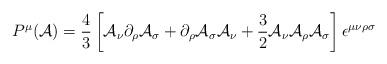
LaTeX: \begin{align*}P^{\mu}({\cal A})=\frac{4}{3}\left[{\cal A}_\nu\partial_\rho{\cal A}_\sigma+\partial_\rho{\cal A}_\sigma{\cal A}_\nu+\frac{3}{2}{\cal A}_\nu{\cal A}_\rho{\cal A}_\sigma\right]\epsilon^{\mu\nu\rho\sigma}\end{align*}